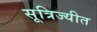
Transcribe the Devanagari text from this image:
सूत्रिज्यीत